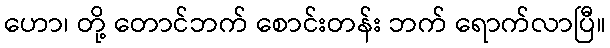
ဟော၊ တို့ တောင်ဘက် စောင်းတန်း ဘက် ရောက်လာပြီ။